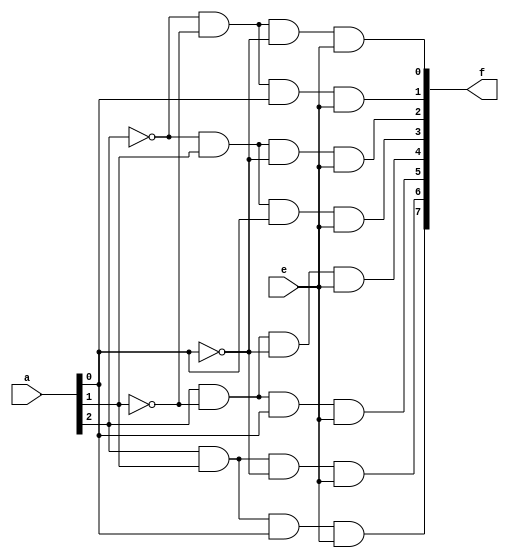
module DECODER_3to8(input [2:0] a, input e, output [7:0] f);
    
    and (f[0], ~a[2], ~a[1], ~a[0], e),
        (f[1], ~a[2], ~a[1],  a[0], e),
        (f[2], ~a[2],  a[1], ~a[0], e),
        (f[3], ~a[2],  a[1],  a[0], e),
        (f[4],  a[2], ~a[1], ~a[0], e),
        (f[5],  a[2], ~a[1],  a[0], e),
        (f[6],  a[2],  a[1], ~a[0], e),
        (f[7],  a[2],  a[1],  a[0], e);
endmodule